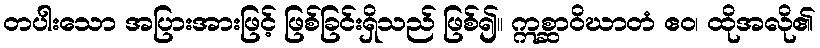
တပါးသော အပြားအားဖြင့် ဖြစ်ခြင်းရှိသည် ဖြစ်၍။ ဣစ္ဆာဝိဃာတံ ဧဝ၊ ထိုအလို၏